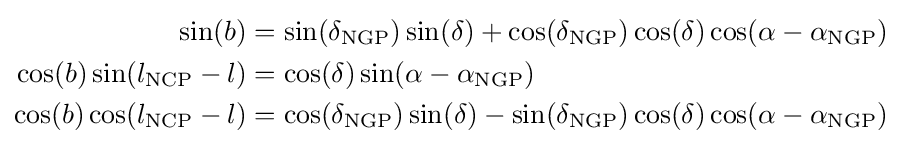
{\begin{aligned}\sin(b)&=\sin(\delta _{\text{NGP}})\sin(\delta )+\cos(\delta _{\text{NGP}})\cos(\delta )\cos(\alpha -\alpha _{\text{NGP}})\\\cos(b)\sin(l_{\text{NCP}}-l)&=\cos(\delta )\sin(\alpha -\alpha _{\text{NGP}})\\\cos(b)\cos(l_{\text{NCP}}-l)&=\cos(\delta _{\text{NGP}})\sin(\delta )-\sin(\delta _{\text{NGP}})\cos(\delta )\cos(\alpha -\alpha _{\text{NGP}})\end{aligned}}